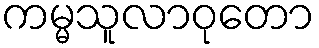
ကမ္မသူလာဝုတော